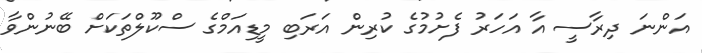
އަންނަ ދިރާސީ އާ އަހަރު ފެށުމުގެ ކުރިން އަރަބި މީޑިއަމްގެ ސްކޫލްތަކަށް ބޭނުންވާ